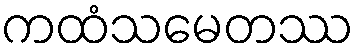
ကထံသမေတဿ